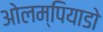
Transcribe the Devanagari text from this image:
ओलम्पियाडो